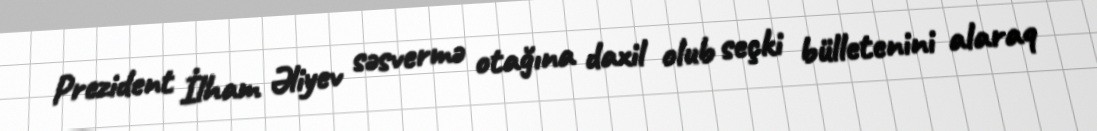
Prezident İlham Əliyev səsvermə otağına daxil olub seçki bülletenini alaraq